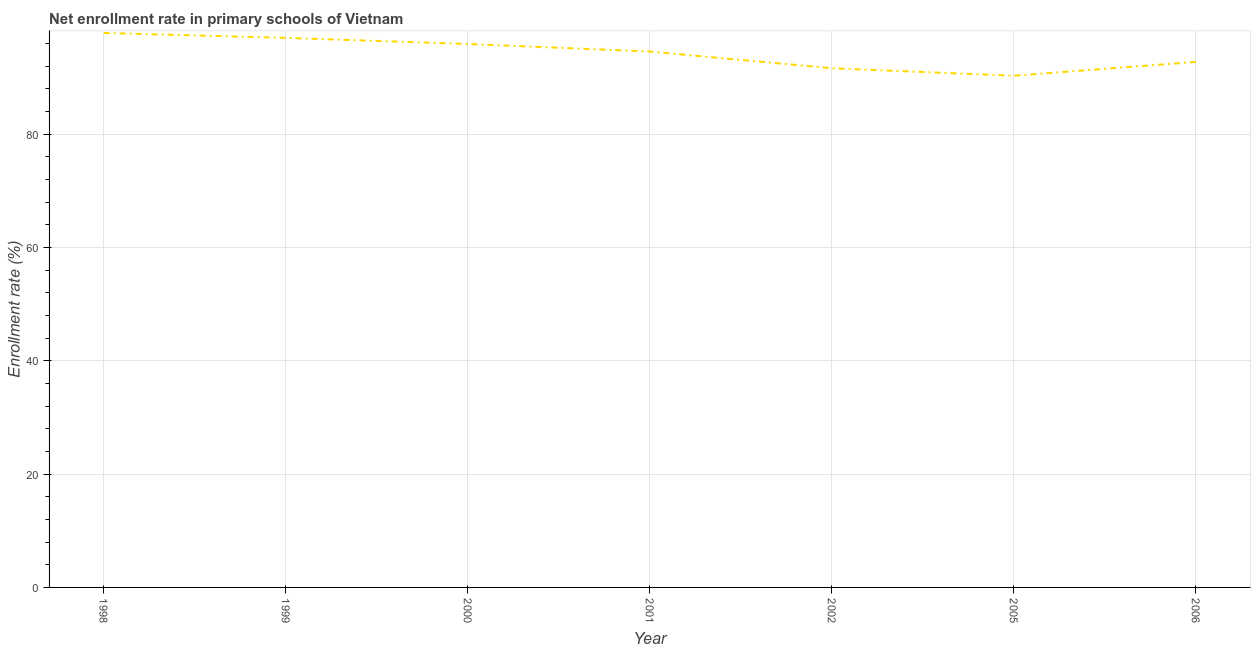
| Year | Adjusted net enrolment rate |
 | --- | --- |
 | 1998 | 97.9 |
 | 1999 | 97 |
 | 2000 | 95.9 |
 | 2001 | 94.6 |
 | 2002 | 91.7 |
 | 2005 | 90.3 |
 | 2006 | 92.8 |